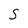
Character: S